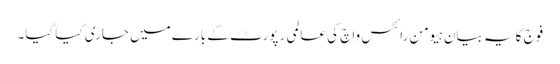
فوج کا یہ بیان ہیومن رائٹس واچ کی عالمی رپورٹ کے بارے میں جاری کیا گیا۔